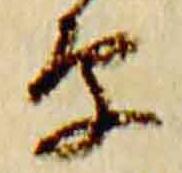
原